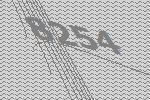
8254